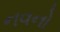
નવનો